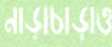
নাড়াচাড়াও